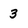
Character: 3